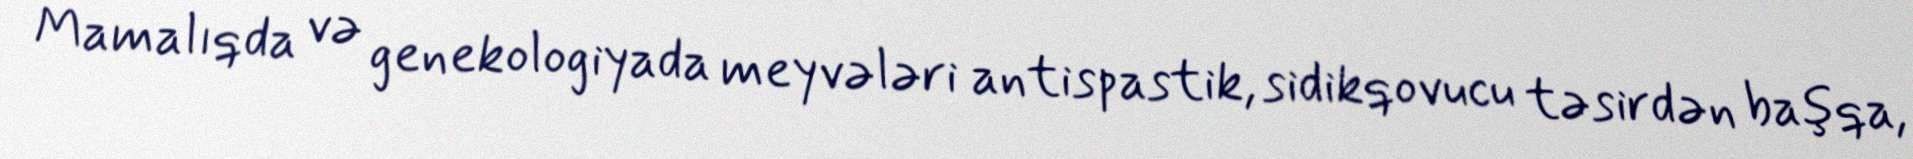
Mamalıqda və genekologiyada meyvələri antispastik, sidikqovucu təsirdən başqa,